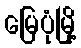
မြေပုံမြို့